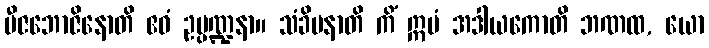
ဗီဇဘောဇိနောတိ ဧဝံ ဥပ္ပဏ္ဍနာ။ သံခိပနာတိ ကိံ ဣမံ အဒါယကောတိ ဘဏထ, ယော